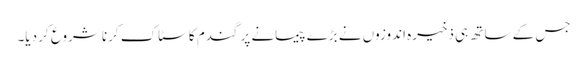
جس کے ساتھ ہی ذخیرہ اندوزوں نے بڑے پیمانے پر گندم کا سٹاک کرنا شروع کر دیا۔